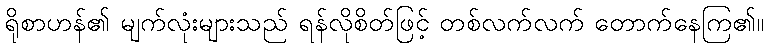
ရိုစာဟန်၏ မျက်လုံးများသည် ရန်လိုစိတ်ဖြင့် တစ်လက်လက် တောက်နေကြ၏။